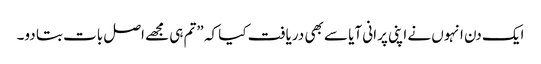
ایک دن انہوں نے اپنی پرانی آیا سے بھی دریافت کیا کہ ”تم ہی مجھے اصل بات بتا دو۔